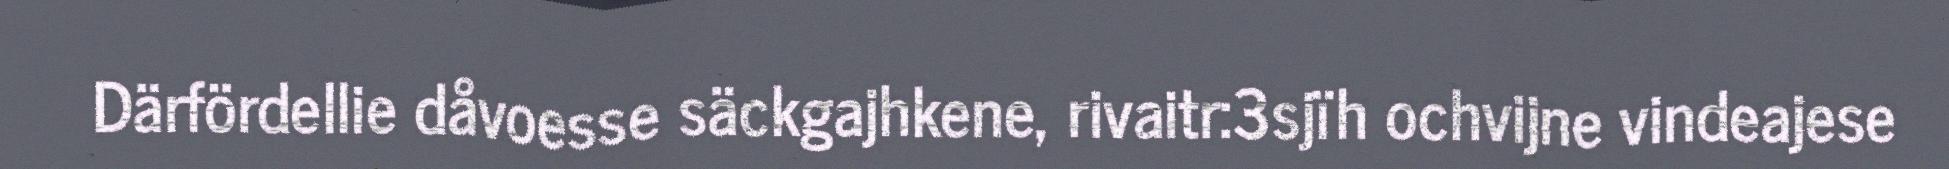
Därfördellie dåvoesse säckgajhkene, rivaitr:3sjïh ochvijne vindeajese